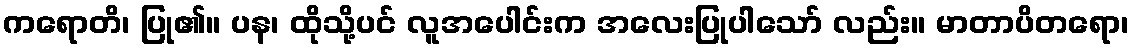
ကရောတိ၊ ပြု၏။ ပန၊ ထိုသို့ပင် လူအပေါင်းက အလေးပြုပါသော် လည်း။ မာတာပိတရော၊